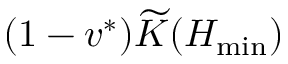
( 1 - v ^ { * } ) \widetilde K ( H _ { \operatorname* { m i n } } )